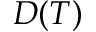
D ( T )